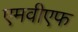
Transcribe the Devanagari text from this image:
एमवीएफ